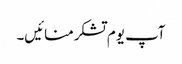
آپ یوم تشکرمنائیں۔